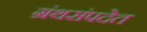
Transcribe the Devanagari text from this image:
ग्रंथसंपदेत